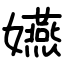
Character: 嬿